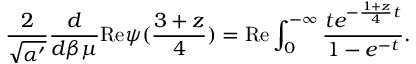
\frac { 2 } { \sqrt { \alpha ^ { \prime } } } \frac { d } { d \beta \mu } \mathrm { R e } \psi ( \frac { 3 + z } { 4 } ) = \mathrm { R e } \int _ { 0 } ^ { - \infty } \frac { t e ^ { - \frac { 1 + z } { 4 } t } } { 1 - e ^ { - t } } .